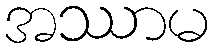
အဿာမ